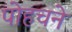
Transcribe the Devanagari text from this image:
पोहचने